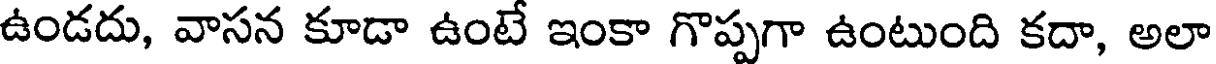
ఉండదు, వాసన కూడా ఉంటే ఇంకా గొప్పగా ఉంటుంది కదా, అలా